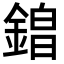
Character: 𮢡